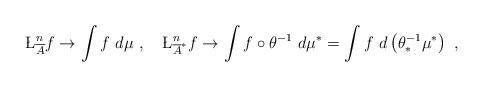
\begin{align*}\L^n_{\overline{A}} f \to \int f \ d\mu \ , \ \ \ \L^n_{\overline{A}^*} f \to \int f \circ \theta^{-1} \ d\mu^* = \int f \ d \left( \theta^{-1}_* \mu^* \right) \ ,\end{align*}